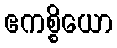
ဧကစ္စိယော